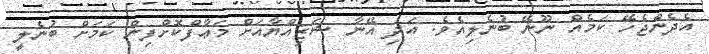
އެދެންޖެހޭ ކަމެއް ނޫނޭ ބުނެލިއެވެ. އަދި އޭނާ ޝަޒިއްޔާއަށް މަޢާފްކޮށްފިން ކަމަށް ބުނެލީ